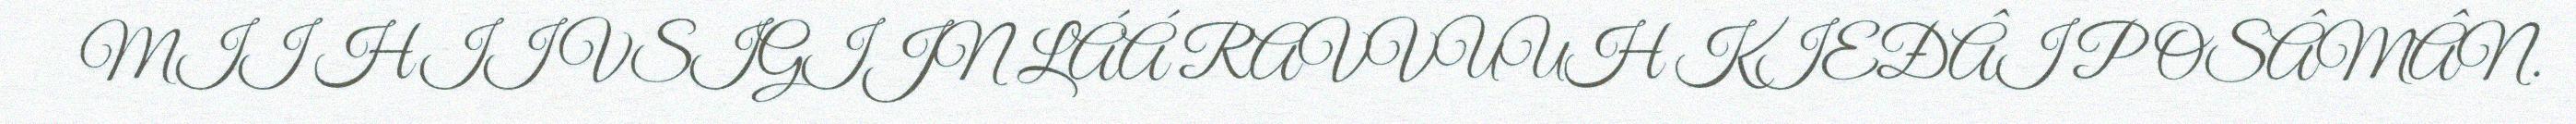
MII HIIVSIGIJN LÁÁ RAVVUUH KIEĐÂI POSÂMÂN.